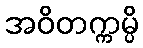
အဝိတက္ကမ္ပိ